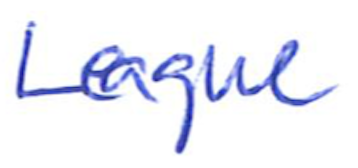
Text: League
Cross-out: clean
Writing tool: ballpoint